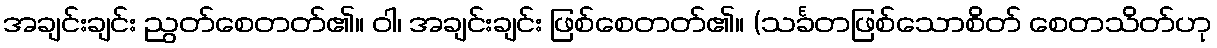
အချင်းချင်း ညွတ်စေတတ်၏။ ဝါ၊ အချင်းချင်း ဖြစ်စေတတ်၏။ (သင်္ခတဖြစ်သောစိတ် စေတသိတ်ဟု